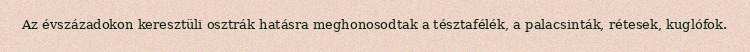
Az évszázadokon keresztüli osztrák hatásra meghonosodtak a tésztafélék, a palacsinták, rétesek, kuglófok.